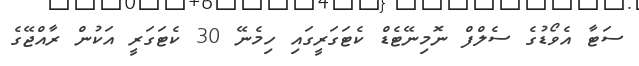
ސަޓާ އެވޯޑުގެ ސެލްފް ނޮމިނޭޓެޑް ކެޓަގަރީގައި ހިމެނޭ 30 ކެޓަގަރީ އަކުން ރާއްޖޭގެ